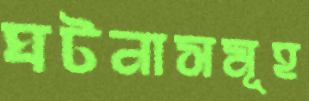
ঘটনাসমূহ